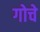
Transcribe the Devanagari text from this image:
गोचे